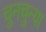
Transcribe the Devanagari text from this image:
चुनचुन्या